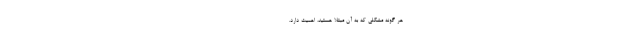
هر گونه مشکلی که به آن مبتلا هستید، اهمیت دارد. -----------------